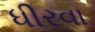
ધીરવા